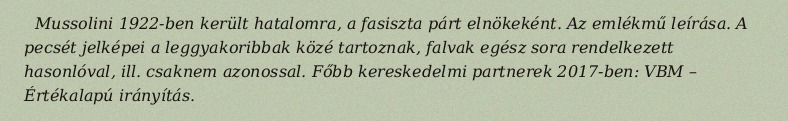
Mussolini 1922-ben került hatalomra, a fasiszta párt elnökeként. Az emlékmű leírása. A pecsét jelképei a leggyakoribbak közé tartoznak, falvak egész sora rendelkezett hasonlóval, ill. csaknem azonossal. Főbb kereskedelmi partnerek 2017-ben: VBM – Értékalapú irányítás.